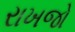
રાખજો